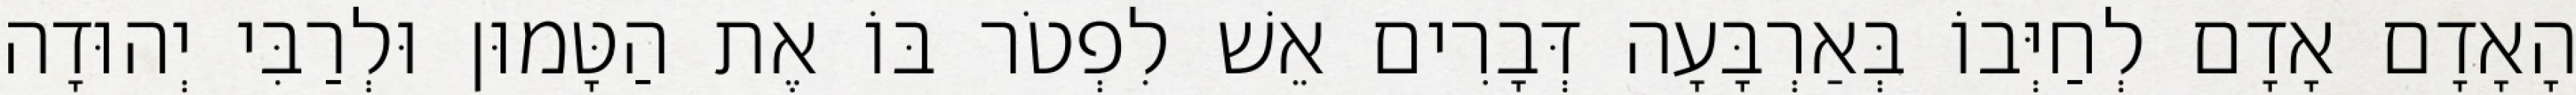
הָאָדָם אָדָם לְחַיְּבוֹ בְּאַרְבָּעָה דְּבָרִים אֵשׁ לִפְטֹר בּוֹ אֶת הַטָּמוּן וּלְרַבִּי יְהוּדָה